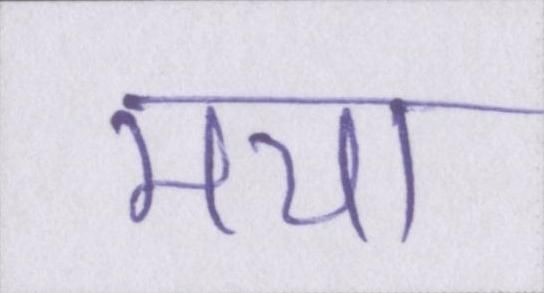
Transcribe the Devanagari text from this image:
मया